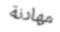
مھادنة